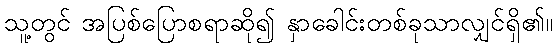
သူ့တွင် အပြစ်ပြောစရာဆို၍ နှာခေါင်းတစ်ခုသာလျှင်ရှိ၏။